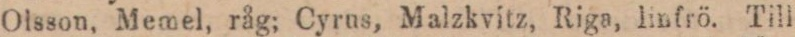
Olsson, Memel, råg; Cyrus, Malzkvitz, Riga, linfrö. Till